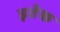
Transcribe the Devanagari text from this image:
इतेक